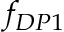
f _ { D P 1 }